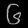
Digit: ၆